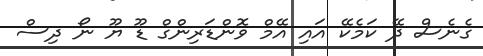
ގެނެސް ދޭ ކަމެކޭ އައި އޭމް ވޮންޑަރިންގް ޑޫ ޔޫ ނޯ ދިސް